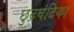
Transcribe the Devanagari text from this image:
छुद्रघंटिका